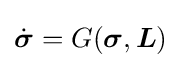
{\dot {\boldsymbol {\sigma }}}=G({\boldsymbol {\sigma }},{\boldsymbol {L}})